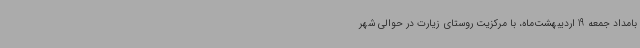
بامداد جمعه 19 اردیبهشت‌ماه، با مرکزیت روستای زیارت در حوالی شهر